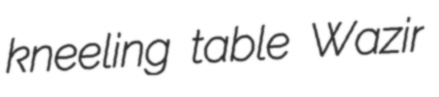
kneeling table Wazir